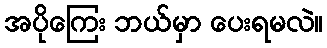
အပိုကြေး ဘယ်မှာ ပေးရမလဲ။